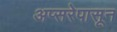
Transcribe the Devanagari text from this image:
अप्सरेपासून